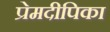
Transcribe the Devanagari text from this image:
प्रेमदीपिका